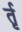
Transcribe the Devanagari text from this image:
र्तृ